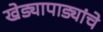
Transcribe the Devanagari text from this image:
खेड्यापाड्यांचे